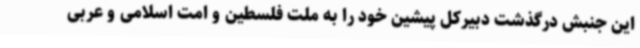
این جنبش درگذشت دبیرکل پیشین خود را به ملت فلسطین و امت اسلامی و عربی